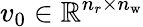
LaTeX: v_{0}\in\mathbb{R}^{n_{r}\times n_{\mathrm{w}}}